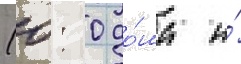
(0: 0 до́ма и́